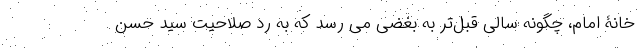
خانۀ امام، چگونه سالی قبل‌تر به بُغضی می رسد که به رد صلاحیت سید حسن